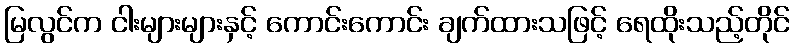
မြလွင်က ငါးများများနှင့် ကောင်းကောင်း ချက်ထားသဖြင့် ရေထိုးသည့်တိုင်